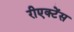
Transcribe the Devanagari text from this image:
रीएक्टेंस